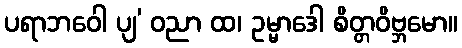
ပရာဘဝေါ ပျ’ ဝညာ ထ၊ ဥမ္မာဒေါ စိတ္တဝိဗ္ဘမော။